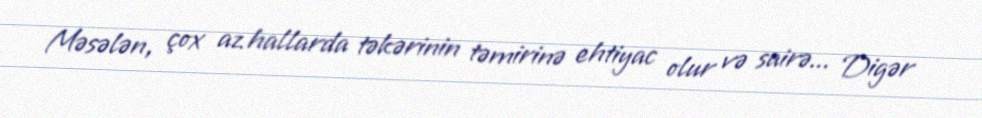
Məsələn, çox az hallarda təkərinin təmirinə ehtiyac olur və sairə... Digər